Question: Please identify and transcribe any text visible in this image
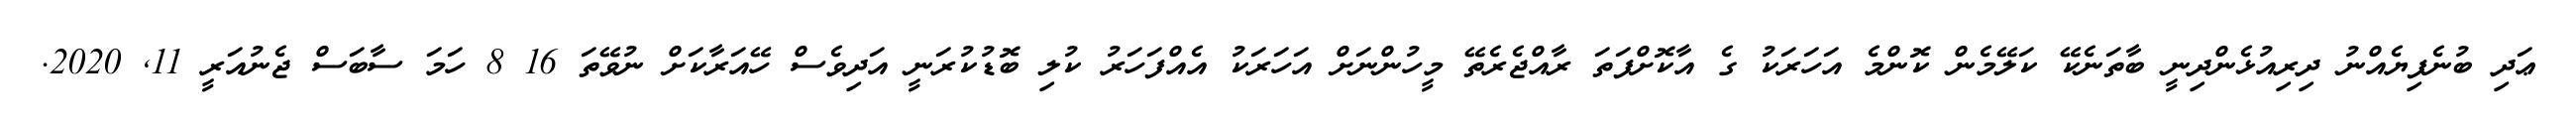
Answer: ޢަދި ބުނެފިޔެއްނު ދިރިއުޅެންދިނީ ބާތަނެކޭ ކަލޭމެން ކޮންމެ އަހަރަކު ގެ އާކޮށްފަތަ ރާއްޖެރެތޭ މީހުންނަށް އަހަރަކު އެއްފަހަރު ކުލި ބޮޑުކުރަނީ އަދިވެސް ހޭއަރާކަށް ނުވޭތަ 16 8 ހަމަ ސާބަސް ޖެނުއަރީ 11, 2020.